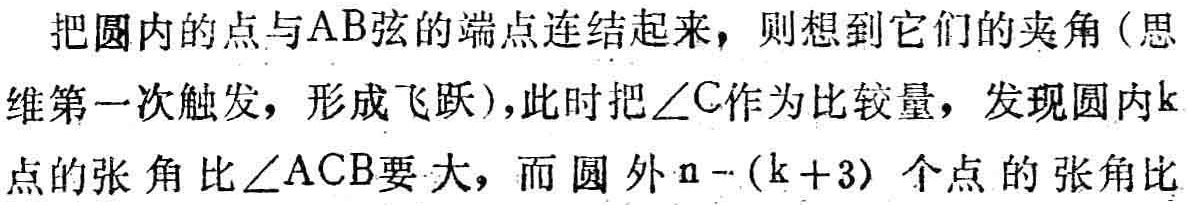
把圆内的点与\(AB\)弦的端点连结起来，则想到它们的夹角（思维第一次触发，形成飞跃），此时把\(\angle C\)作为比较量，发现圆内\(k\)点的张角比\(\angle ACB\)要大，而圆外\(n - (k + 3)\)个点的张角比